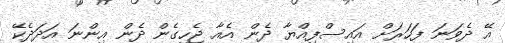
އޭ ދެވަނަ ފަހަރަށް އައިސްފިއްޔާ ދެން އެއާ ޖެހިގެން ދެން އިންނަ އަދަދެކޭ